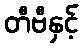
တီဗီနှင့်